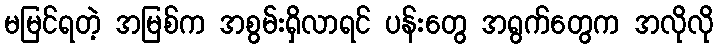
မမြင်ရတဲ့ အမြစ်က အစွမ်းရှိလာရင် ပန်းတွေ အရွက်တွေက အလိုလို